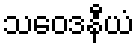
သဝေဒနီယံ